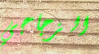
الزجاجي